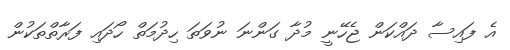
އެ ފައިސާ ދައްކަން ޖެހޭނީ މުދާ ގަންނަ ނުވަތަ ހިދުމަތް ހޯދައި ފަރާތްތަކުން